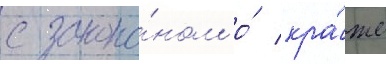
с зако́ном о́ кра́же